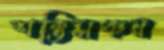
শক্তিসঞ্চয়